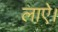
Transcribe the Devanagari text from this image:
लाऐ।